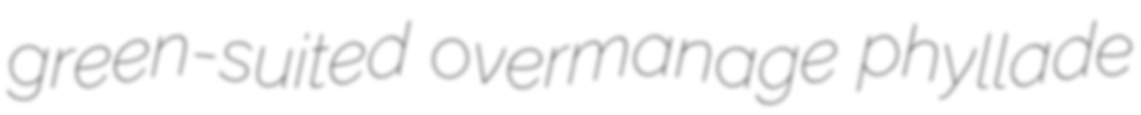
green-suited overmanage phyllade